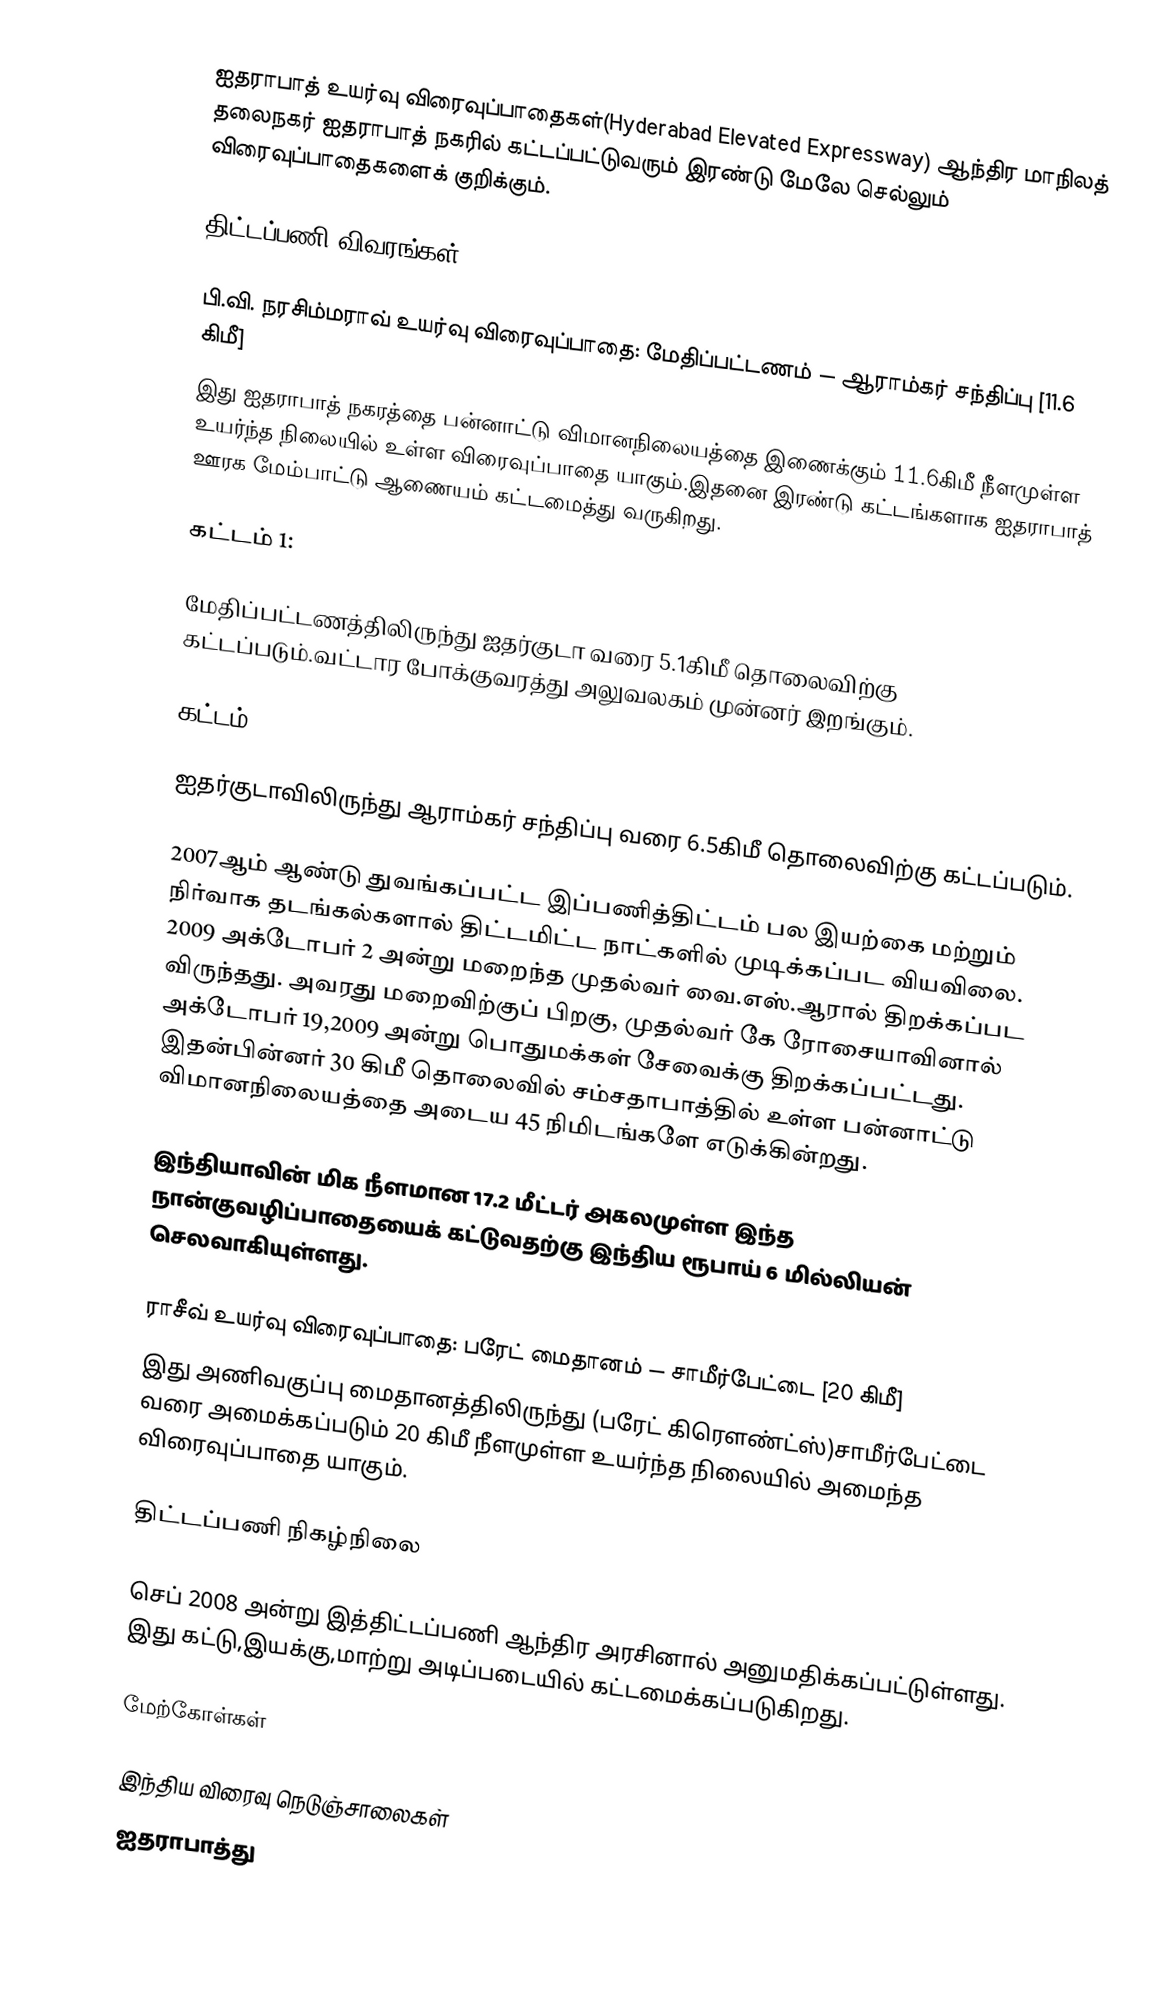
ஐதராபாத் உயர்வு விரைவுப்பாதைகள்(Hyderabad Elevated Expressway) ஆந்திர மாநிலத் தலைநகர் ஐதராபாத் நகரில் கட்டப்பட்டுவரும் இரண்டு மேலே செல்லும் விரைவுப்பாதைகளைக் குறிக்கும்.

திட்டப்பணி விவரங்கள்

பி.வி. நரசிம்மராவ் உயர்வு விரைவுப்பாதை: மேதிப்பட்டணம் — ஆராம்கர் சந்திப்பு [11.6 கிமீ]
இது ஐதராபாத் நகரத்தை பன்னாட்டு விமானநிலையத்தை இணைக்கும் 11.6கிமீ நீளமுள்ள உயர்ந்த நிலையில் உள்ள விரைவுப்பாதை யாகும்.இதனை இரண்டு கட்டங்களாக ஐதராபாத் ஊரக மேம்பாட்டு ஆணையம் கட்டமைத்து வருகிறது.

கட்டம் 1:

மேதிப்பட்டணத்திலிருந்து ஐதர்குடா வரை 5.1கிமீ தொலைவிற்கு கட்டப்படும்.வட்டார போக்குவரத்து அலுவலகம் முன்னர் இறங்கும்.

கட்டம் 2:

ஐதர்குடாவிலிருந்து ஆராம்கர் சந்திப்பு வரை 6.5கிமீ தொலைவிற்கு கட்டப்படும்.

2007ஆம் ஆண்டு துவங்கப்பட்ட இப்பணித்திட்டம் பல இயற்கை மற்றும் நிர்வாக தடங்கல்களால் திட்டமிட்ட நாட்களில் முடிக்கப்பட வியவிலை. 2009 அக்டோபர் 2 அன்று மறைந்த முதல்வர் வை.எஸ்.ஆரால் திறக்கப்பட விருந்தது. அவரது மறைவிற்குப் பிறகு, முதல்வர் கே ரோசையாவினால் அக்டோபர் 19,2009 அன்று பொதுமக்கள் சேவைக்கு திறக்கப்பட்டது.  இதன்பின்னர் 30 கிமீ தொலைவில் சம்சதாபாத்தில் உள்ள பன்னாட்டு விமானநிலையத்தை அடைய 45 நிமிடங்களே எடுக்கின்றது.

இந்தியாவின் மிக நீளமான 17.2 மீட்டர் அகலமுள்ள இந்த நான்குவழிப்பாதையைக் கட்டுவதற்கு இந்திய ரூபாய் 6 மில்லியன் செலவாகியுள்ளது.

ராசீவ் உயர்வு விரைவுப்பாதை: பரேட் மைதானம் — சாமீர்பேட்டை [20 கிமீ]
இது அணிவகுப்பு மைதானத்திலிருந்து (பரேட் கிரௌண்ட்ஸ்)சாமீர்பேட்டை வரை அமைக்கப்படும் 20 கிமீ நீளமுள்ள உயர்ந்த நிலையில் அமைந்த விரைவுப்பாதை யாகும்.

திட்டப்பணி நிகழ்நிலை

செப் 2008 அன்று இத்திட்டப்பணி ஆந்திர அரசினால் அனுமதிக்கப்பட்டுள்ளது. இது கட்டு,இயக்கு,மாற்று அடிப்படையில் கட்டமைக்கப்படுகிறது.

மேற்கோள்கள்

இந்திய விரைவு நெடுஞ்சாலைகள்
ஐதராபாத்து